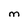
Character: M